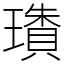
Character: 璳